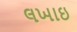
લખાઇ